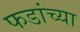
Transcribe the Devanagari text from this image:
फडांच्या